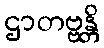
ဌာတဗ္ဗန္တိ